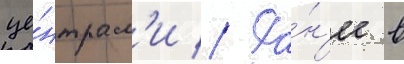
це́нтрам'и // Ра́н'ее в